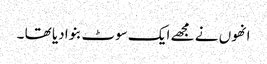
انھوں نے مجھے ایک سوٹ بنوا دیا تھا ۔